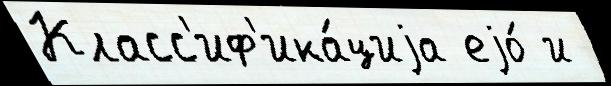
Класс'иф'ика́циjа еjо́ и